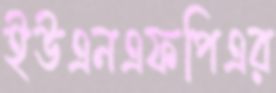
ইউএনএফপিএর